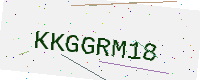
Text: KKGGRM18